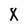
Character: X